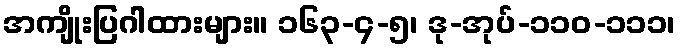
အကျိုးပြဂါထားများ။ ၁၆၃-၄-၅၊ ဒု-အုပ်-၁၁၀-၁၁၁၊